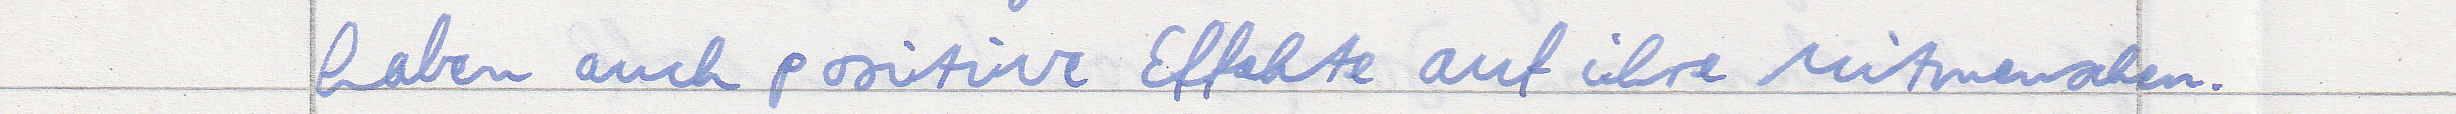
haben auch positive Effekte auf ihre Mitmenschen.